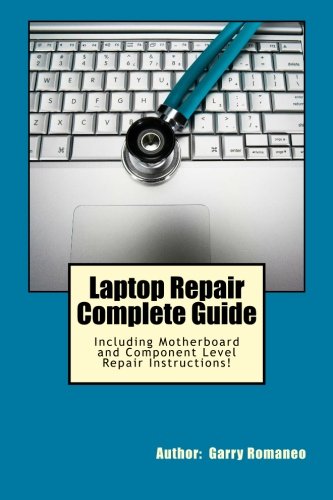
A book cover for Laptop Repair Complete Guide; Including Motherboard Component Level Repair!; Garry Romaneo; Computers & Technology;